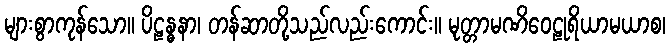
များစွာကုန်သော။ ပိဠန္ဓနာ၊ တန်ဆာတို့သည်လည်းကောင်း။ မုတ္တာမဏိဝေဠုရိယာမယာစ၊